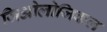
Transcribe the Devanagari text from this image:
जिओलोजिकल